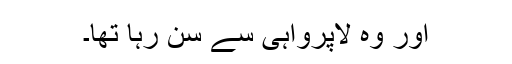
اور وہ لاپرواہی سے سن رہا تھا۔